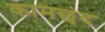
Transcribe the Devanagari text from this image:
कामछंद